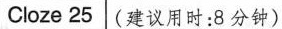
Cloze 25 (建议用时:8 分钟)